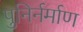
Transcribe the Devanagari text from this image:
पुनिर्नर्माण